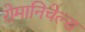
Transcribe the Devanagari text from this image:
रोमानिचेल्स